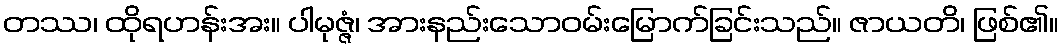
တဿ၊ ထိုရဟန်းအး။ ပါမုဇ္ဇံ၊ အားနည်းသောဝမ်းမြောက်ခြင်းသည်။ ဇာယတိ၊ ဖြစ်၏။